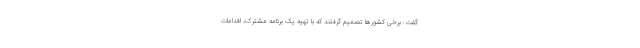
گفت: برخی کشورها تصمیم گرفتند که با تهیه یک برنامه مشترک، اقدامات